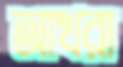
আখরা